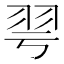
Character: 𦏻